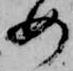
め